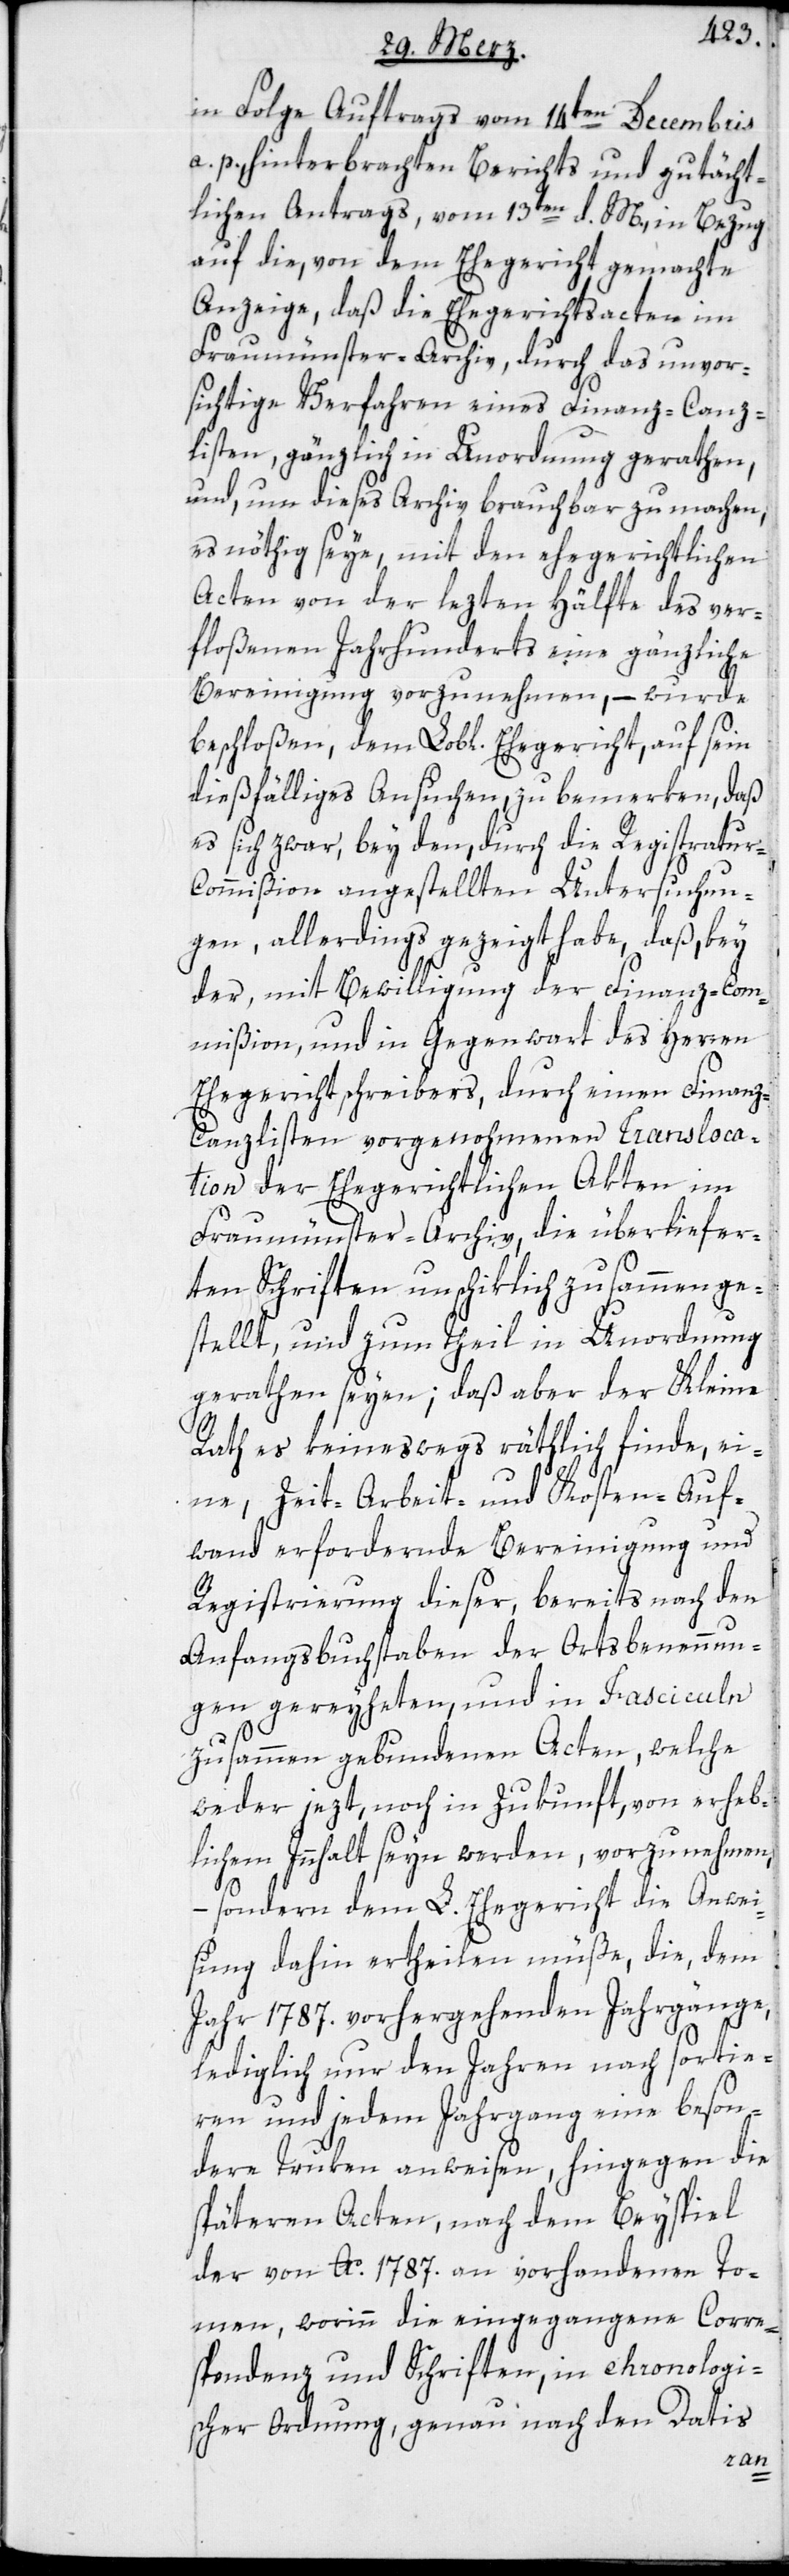
in Folge Auftrags vom 14ten Decembris
a. p. hinterbrachten Berichts und gutächt¬
lichen Antrags, vom 13ten d. M. in Bezug
auf die, von dem Ehegericht gemachte
Anzeige, daß die Ehegerichtsacten im
Fraumünster-Archiv, durch das unvor¬
sichtige Verfahren eines Finanz-Canz¬
listen, gänzlich in Unordnung gerathen,
und, um dieses Archiv brauchbar zu machen,
es nöthig seye, mit den ehegerichtlichen
Acten von der lezten Hälfte des ver¬
floßenen Jahrhunderts eine gänzliche
Bereinigung vorzunehmen, – wurde
beschloßen, dem Lobl. Ehegericht, auf sein
dießfälliges Ansuchen, zu bemerken, daß
es sich zwar, bey dem, durch die Registratur-C¬
ommißion angestellten Untersuchun¬
gen, allerdings gezeigt habe, daß, bey
der, mit Bewilligung der Finanz-Com¬
mißion, und in Gegenwart des Herren
Ehegerichtsschreibers, durch einen Finan¬
z-Canzlisten vorgenohmenen Transloca¬
tion der Ehegerichtlichen Akten im
Fraumünster-Archiv, die überliefer¬
ten Schriften unschiklich zusammenge¬
stellt, und zum Theil in Unordnung
gerathen seyen; daß aber der Kleine
Rath es keineswegs rähtlich finde, ei¬
ne, Zeit- Arbeit- und Kosten-Auf¬
wand erfordernde Bereinigung und
Registrierung dieser, bereits nach den
Anfangsbuchstaben der Ortsbennung¬
en gereyheten, und in Fasciculn
zusammen gebundenen Acten, welche
weder jezt, noch in Zukunft, von erheb¬
lichem Innhalt seyn werden, vorzunehmen,
– sondern dem L. Ehegericht die Anwei¬
sung dahin ertheilen müße, die, dem
Jahr 1787. vorhergehenden Jahrgänge,
lediglich nur den Jahren nach sortie¬
ren und jedem Jahrgang eine beson¬
dere Truken anweisen, hingegen die
späteren Acten, nach dem Beyspiel
der von Ao. 1787. an vorhandenen To¬
men, worinn die eingegangene Corre¬
spondenz und Schriften, in chronologi¬
scher Ordnung, genau nach den Datis